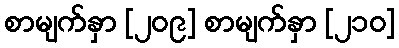
စာမျက်နှာ [၂၀၉] စာမျက်နှာ [၂၁၀]